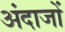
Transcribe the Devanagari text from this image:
अंदाजों